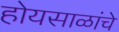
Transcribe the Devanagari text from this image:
होयसाळांचे